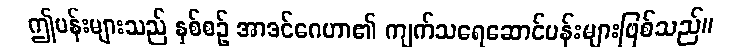
ဤပန်းများသည် နှစ်စဉ် အာဒင်ဂေဟာ၏ ကျက်သရေဆောင်ပန်းများဖြစ်သည်။